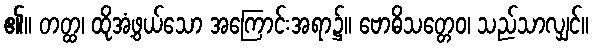
၏။ တတ္ထ၊ ထိုအံ့ဖွယ်သော အကြောင်းအရာ၌။ ဗောဓိသတ္တေဝ၊ သည်သာလျှင်။